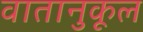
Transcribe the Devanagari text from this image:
वातानुकूल